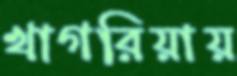
খাগরিয়ায়